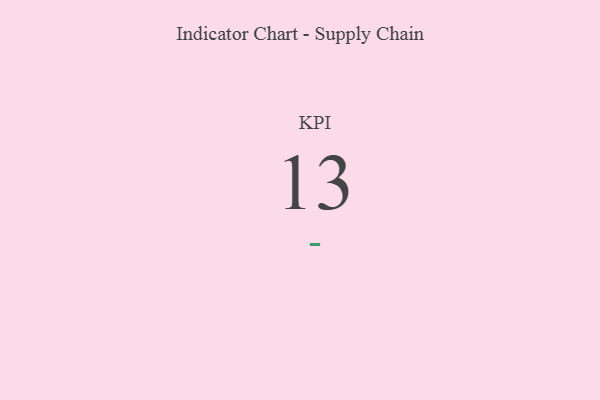
{"axis": {"x": "KPI", "y": "Value"}, "legend": [""], "data": [{"x": "KPI", "y": 13, "type": ""}]}